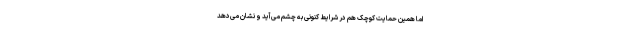
اما همین حمایت کوچک هم در شرایط کنونی به چشم می‌آید و نشان می‌دهد